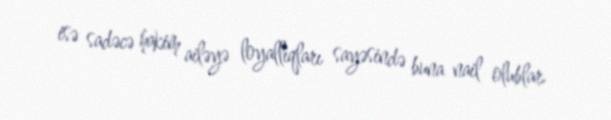
isə sadəcə hakim ailəyə loyallıqları sayəsində buna nail olublar.